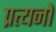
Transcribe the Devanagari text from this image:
प्रत्यनों